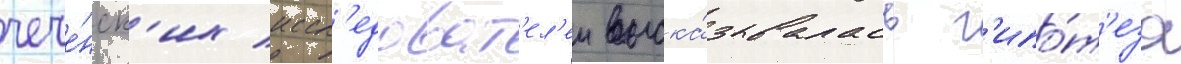
чече́нск'их иссл'едоват'ел'еи выска́зывалась г'ипо́т'еза